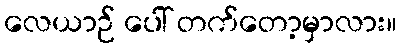
လေယာဉ် ပေါ် တက်တော့မှာလား။